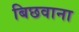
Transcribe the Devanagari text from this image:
बिछवाना